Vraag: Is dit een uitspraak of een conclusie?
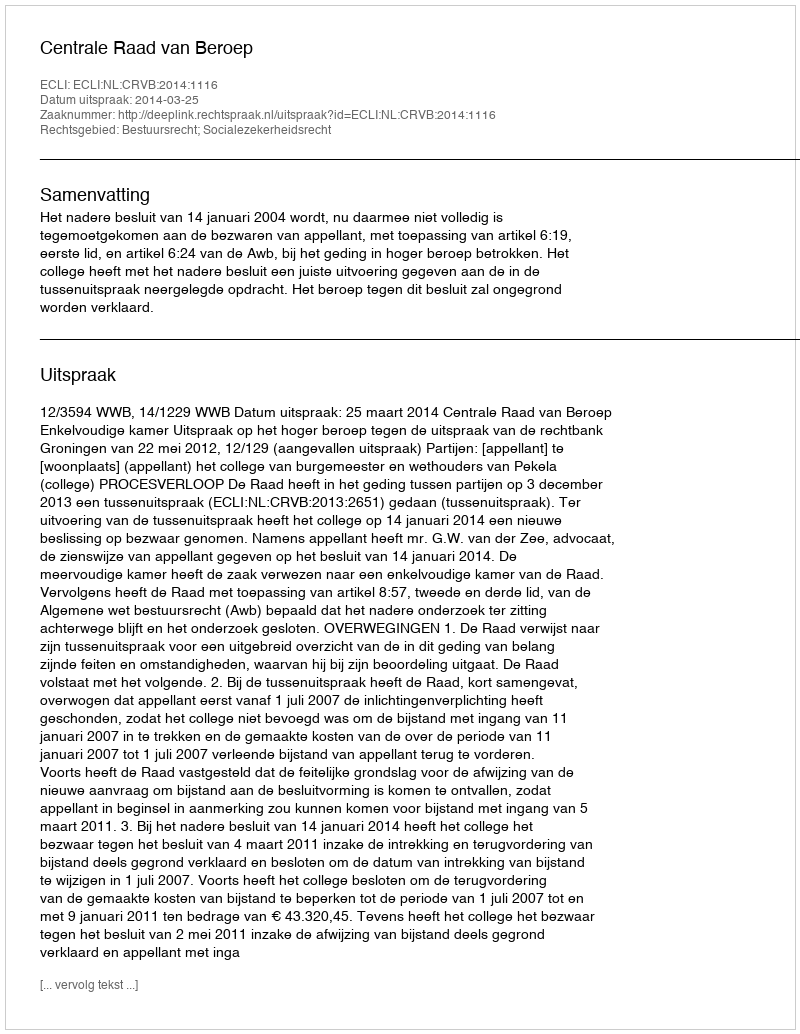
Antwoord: Uitspraak